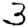
Digit: 3